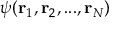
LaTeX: \psi ( \mathbf { r } _ { 1 } , \mathbf { r } _ { 2 } , . . . , \mathbf { r } _ { N } )